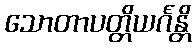
သောတာပတ္တိယင်္ဂန္တိ